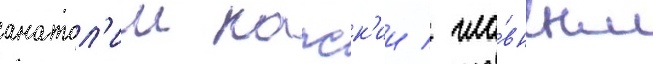
анатол'ии капск'ии / гла́вным